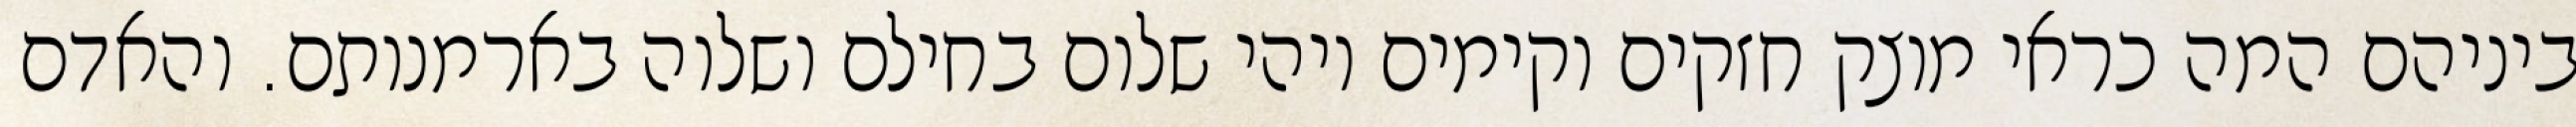
ביניהם המה כראי מוצק חזקים וקימים ויהי שלום בחילם ושלוה בארמנותם. והאדם